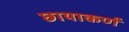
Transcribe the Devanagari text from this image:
छायाकर्ण